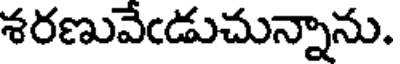
శరణువేఁడుచున్నాను.